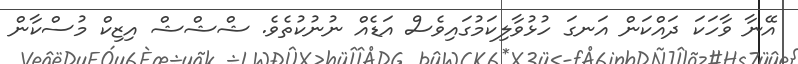
އޭނާ ވާހަކަ ދައްކަން އަނގަ ހުޅުވާލިކަމުގައިވެސް އަޑެއް ނުނުކުތެވެ. ޝްޝްޝް އިޒިކް މުސްކާން